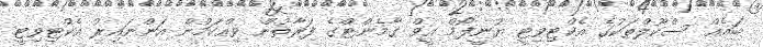
ބައެއް ސްކޫލްތަކުގެ އެކްޓިވިޓީ ޔުނީފޯމް އީވް ގާމެންޓްގެ ފަރާތުން ވިއްކަމުން އަންނައިރު އެކްޓިވިޓީ